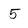
Character: 5